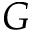
{ \cal G }